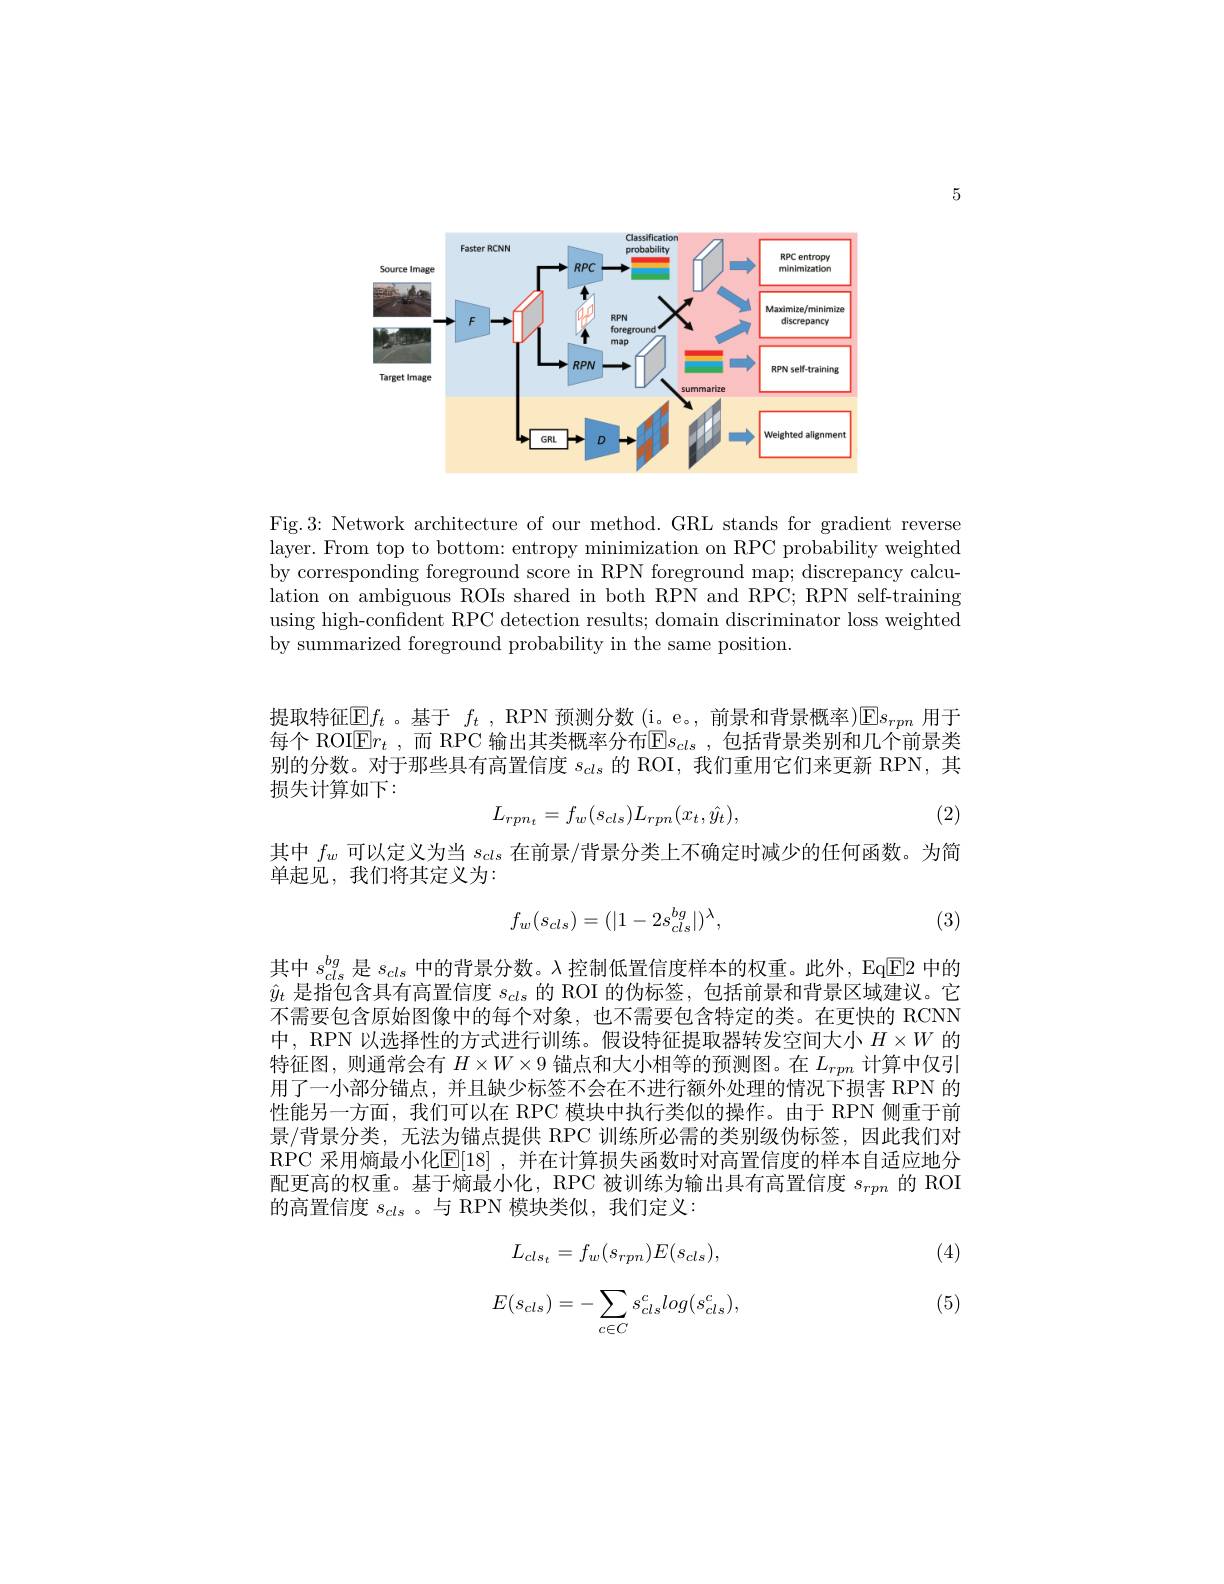
5

<FigureHere>

Fig.3: Network architecture of our method. GRL stands for gradient reverse layer. From top to bottom: entropy minimization on RPC probability weighted by corresponding foreground score in RPN foreground map; discrepancy calculation on ambiguous ROIs shared in both RPN and RPC; RPN self-training using high-confident RPC detection results; domain discriminator loss weighted by summarized foreground probability in the same position.

提取特征$\mathbb{E}f_t$ 。基于 $f_t$ , RPN 预测分数 (i。e。, 前景和背景概率)$\mathbb{E}s_rpm$ 用于每个 ROI$\overline {\mathbb{E} }r_t$ , 而 RPC 输出其类概率分布$\mathbb{E}s_{cls}$ ,包括背景类别和几个前景类别的分数。对于那些具有高置信度$s_{cls}$的 ROI, 我们重用它们来更新 RPN,其损失计算如下：
$$L_{rpn_t}=f_w(s_{cls})L_{rpn}(x_t,\hat{y_t}),$$
(2)

其中 $f_w$ 可以定义为当 $s_{cls}$ 在前景/背景分类上不确定时减少的任何函数。为简
单起见，我们将其定义为：
$$f_w(s_{cls})=(|1-2s_{cls}^{bg}|)^\lambda,$$
(3)

其中$s_{cls}^{bg}$是$s_{cls}$中的背景分数。$\lambda$控制低置信度样本的权重。此外，Eq▣E2 中的$\hat{y}_t$是指包含具有高置信度$s_cds$的 ROI 的伪标签，包括前景和背景区域建议。它不需要包含原始图像中的每个对象，也不需要包含特定的类。在更快的 RCNN 中，RPN 以选择性的方式进行训练。假设特征提取器转发空间大小$H\times W$的特征图，则通常会有$H\times W\times9$锚点和大小相等的预测图。在$L_{rpn}$计算中仅引用了一小部分锚点，并且缺少标签不会在不进行额外处理的情况下损害 RPN 的性能另一方面，我们可以在 RPC 模块中执行类似的操作。由于 RPN 侧重于前景/背景分类，无法为锚点提供 RPC 训练所必需的类别级伪标签，因此我们对RPC 采用熵最小化E[ 18] , 并 在 计 算 损 失 函 数 时 对 高 置 信 度 的 样 本 自 适 应 地 分 配更高的权重。基于熵最小化，RPC 被训练为输出具有高置信度$s_{rpn}$的 ROI 的高置信度$s_{cls}$ 。与 RPN 模块类似，我们定义：

(4)
$$L_{cls_t}=f_w(s_{rpn})E(s_{cls}),$$
$$\begin{aligned}E(s_{cls})=-\sum_{c\in C}s_{cls}^{c}log(s_{cls}^{c}),\end{aligned}$$
(5)